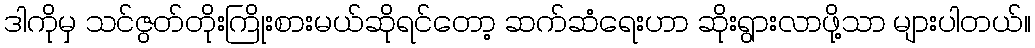
ဒါကိုမှ သင်ဇွတ်တိုးကြိုးစားမယ်ဆိုရင်တော့ ဆက်ဆံရေးဟာ ဆိုးရွားလာဖို့သာ များပါတယ်။